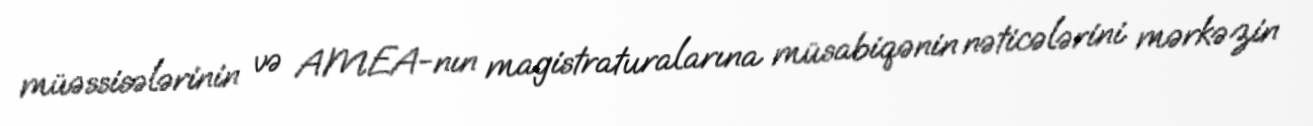
müəssisələrinin və AMEA-nın magistraturalarına müsabiqənin nəticələrini mərkəzin